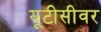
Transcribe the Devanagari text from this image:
यूटीसीवर